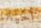
أحيانا